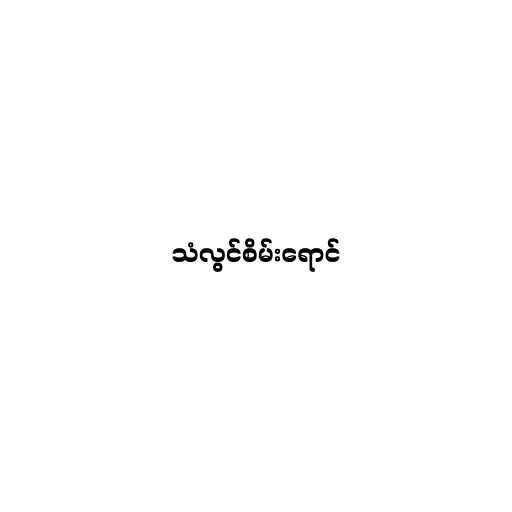
သံလွင်စိမ်းရောင်